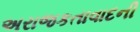
અરાજકતાવાદની